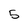
Character: 5